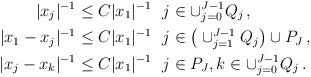
LaTeX: \begin{align*} |x_j|^{-1}&\le C |x_1|^{-1} \ \ j\in \cup_{j=0}^{J-1}Q_{j}\,,\\ |x_1-x_j|^{-1}&\le C |x_1|^{-1} \ \ j\in \big(\cup_{j=1}^{J-1}Q_{j}\big) \cup P_{J}\,,\\ |x_j-x_k|^{-1}&\le C |x_1|^{-1} \ \ j\in P_J, k\in \cup_{j=0}^{J-1}Q_{j}\,. \end{align*}